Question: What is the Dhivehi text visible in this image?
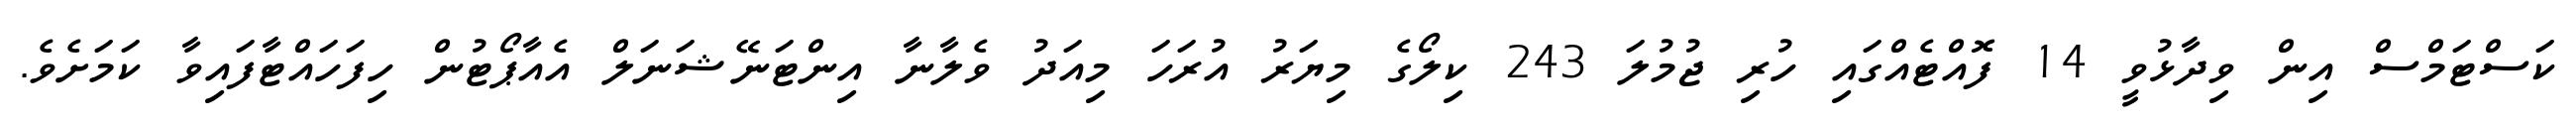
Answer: ކަސްޓަމްސް އިން ވިދާޅުވީ 14 ފޮއްޓެއްގައި ހުރި ޖުމުލަ 243 ކިލޯގެ މިޔަރު އުރަހަ މިއަދު ވެލާނާ އިންޓަނޭޝަނަލް އެއާޕޯޓުން ހިފަހައްޓާފައިވާ ކަމަށެވެ.